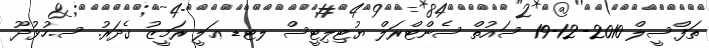
ތަފްސީލް 2010-12-19 ސައުތް ސެންޓްރަލް ޔުޓިލިޓީސް ލޓޑ ޢަލީ ރަމީޒު ގެދަރު. ސ.ހުޅުދޫ